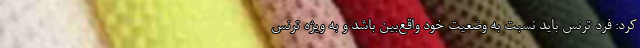
کرد: فرد ترنس باید نسبت به وضعیت خود واقع‌بین باشد و به ویژه ترنس